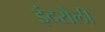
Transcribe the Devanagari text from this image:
इंदरौली